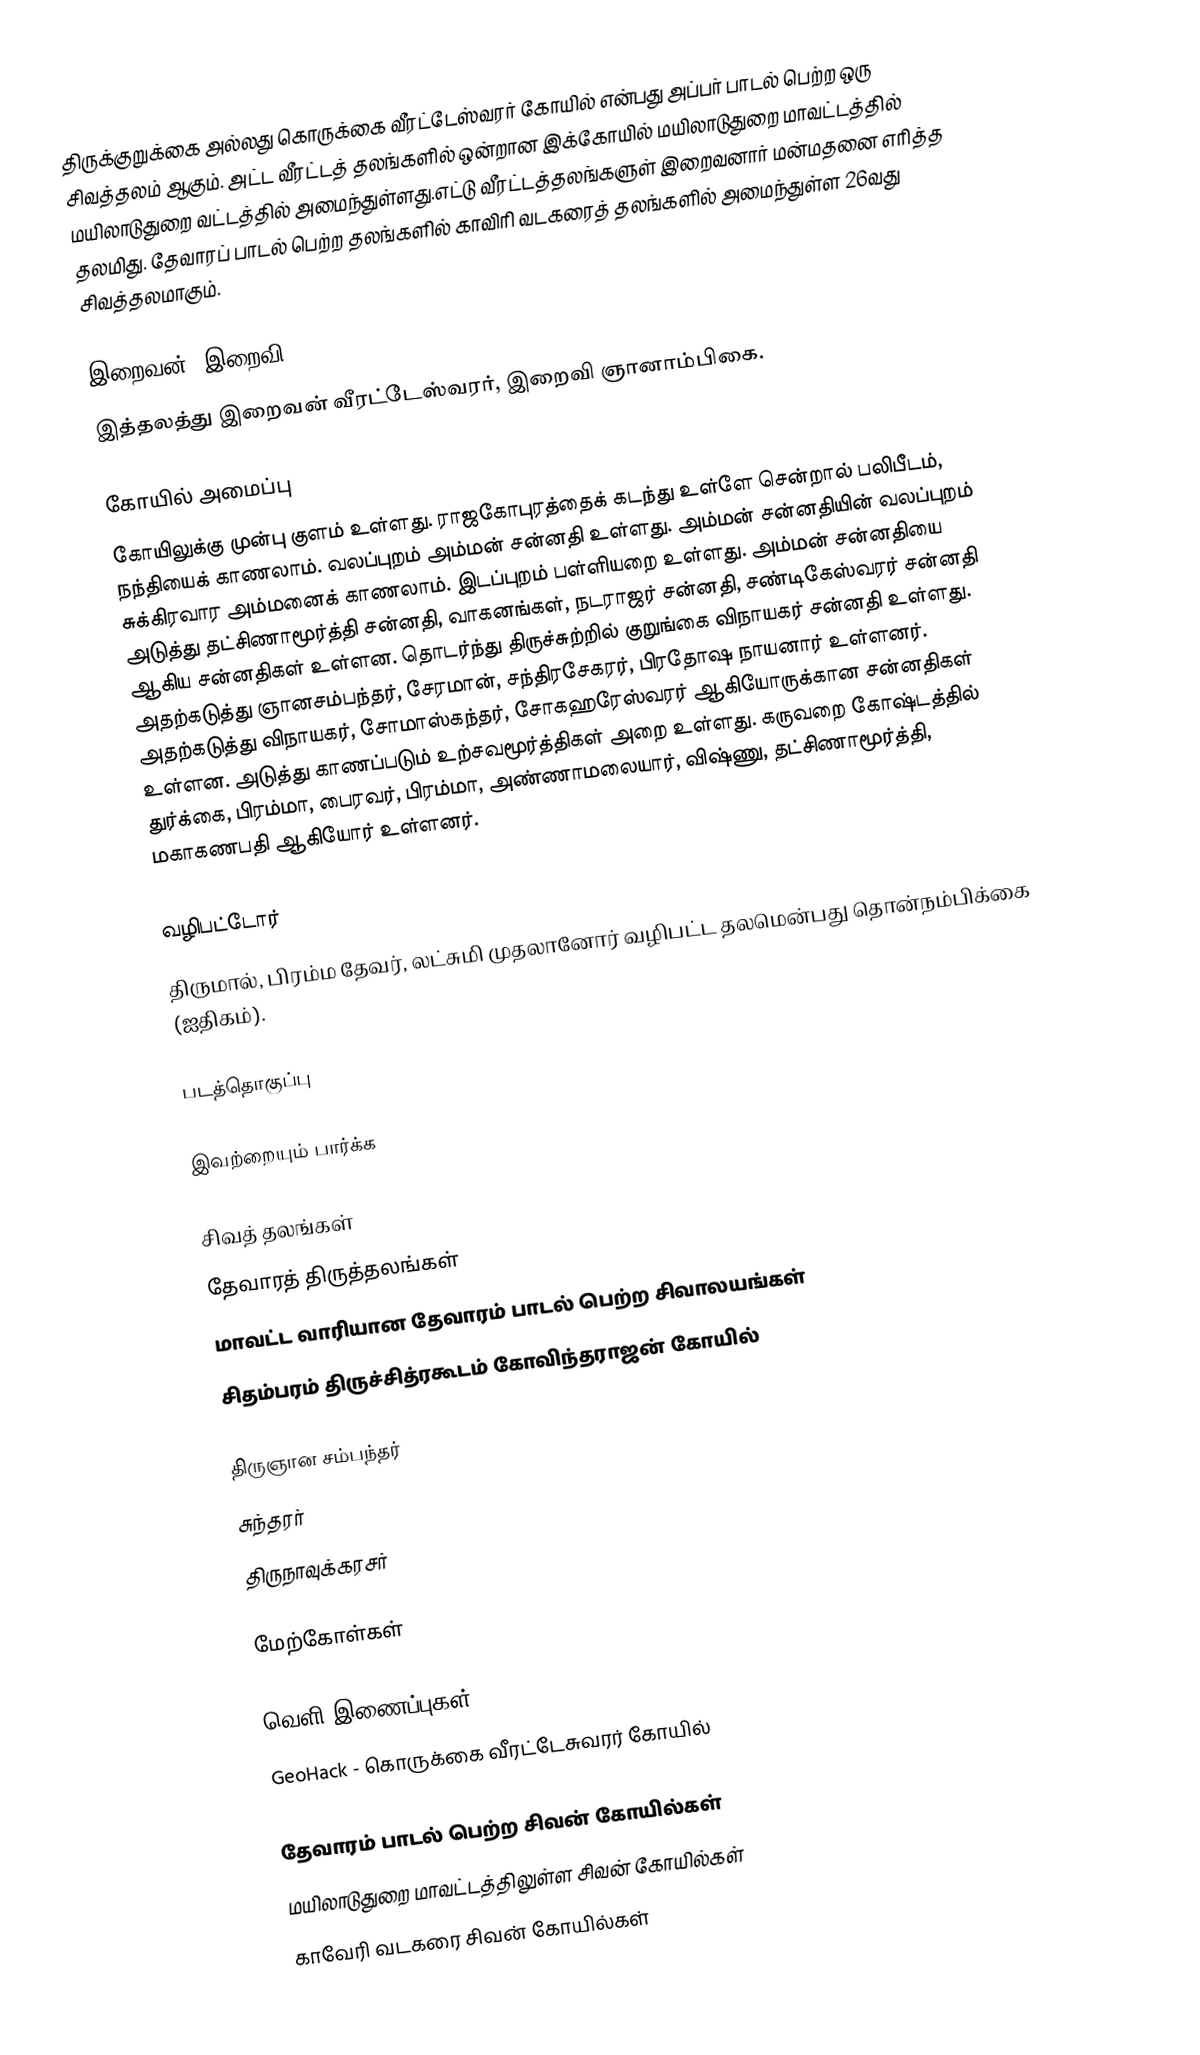
திருக்குறுக்கை அல்லது கொருக்கை வீரட்டேஸ்வரர் கோயில் என்பது அப்பர் பாடல் பெற்ற ஒரு சிவத்தலம் ஆகும்.  அட்ட வீரட்டத் தலங்களில் ஒன்றான இக்கோயில் மயிலாடுதுறை மாவட்டத்தில் மயிலாடுதுறை வட்டத்தில் அமைந்துள்ளது.எட்டு வீரட்டத்தலங்களுள் இறைவனார் மன்மதனை எரித்த தலமிது. தேவாரப் பாடல் பெற்ற தலங்களில் காவிரி வடகரைத் தலங்களில் அமைந்துள்ள 26வது சிவத்தலமாகும்.

இறைவன், இறைவி
இத்தலத்து இறைவன் வீரட்டேஸ்வரர், இறைவி ஞானாம்பிகை.

கோயில் அமைப்பு
கோயிலுக்கு முன்பு குளம் உள்ளது. ராஜகோபுரத்தைக் கடந்து உள்ளே சென்றால் பலிபீடம், நந்தியைக் காணலாம். வலப்புறம் அம்மன் சன்னதி உள்ளது. அம்மன் சன்னதியின் வலப்புறம் சுக்கிரவார அம்மனைக் காணலாம். இடப்புறம் பள்ளியறை உள்ளது. அம்மன் சன்னதியை அடுத்து தட்சிணாமூர்த்தி சன்னதி, வாகனங்கள், நடராஜர் சன்னதி, சண்டிகேஸ்வரர் சன்னதி ஆகிய சன்னதிகள் உள்ளன. தொடர்ந்து திருச்சுற்றில் குறுங்கை விநாயகர் சன்னதி உள்ளது. அதற்கடுத்து ஞானசம்பந்தர், சேரமான், சந்திரசேகரர், பிரதோஷ நாயனார் உள்ளனர். அதற்கடுத்து விநாயகர், சோமாஸ்கந்தர், சோகஹரேஸ்வரர் ஆகியோருக்கான சன்னதிகள் உள்ளன. அடுத்து காணப்படும் உற்சவமூர்த்திகள் அறை உள்ளது. கருவறை கோஷ்டத்தில் துர்க்கை, பிரம்மா, பைரவர், பிரம்மா, அண்ணாமலையார், விஷ்ணு, தட்சிணாமூர்த்தி, மகாகணபதி ஆகியோர் உள்ளனர்.

வழிபட்டோர்
திருமால், பிரம்ம தேவர், லட்சுமி முதலானோர் வழிபட்ட தலமென்பது தொன்நம்பிக்கை (ஐதிகம்).

படத்தொகுப்பு

இவற்றையும் பார்க்க

 சிவத் தலங்கள்
 தேவாரத் திருத்தலங்கள்
 மாவட்ட வாரியான தேவாரம் பாடல் பெற்ற சிவாலயங்கள்
 சிதம்பரம் திருச்சித்ரகூடம் கோவிந்தராஜன் கோயில்

 திருஞான சம்பந்தர்
 சுந்தரர்
 திருநாவுக்கரசர்

மேற்கோள்கள்

வெளி இணைப்புகள்
 GeoHack - கொருக்கை வீரட்டேசுவரர் கோயில்

தேவாரம் பாடல் பெற்ற சிவன் கோயில்கள்
மயிலாடுதுறை மாவட்டத்திலுள்ள சிவன் கோயில்கள்
காவேரி வடகரை சிவன் கோயில்கள்